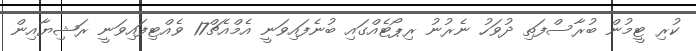
ކުރި ޓީމުން ބުރާސްފަތި ދުވަހު ނެރުނު ރިޕޯޓެއްގައި ބުނެފައިވަނީ އެމްއެޗް17 ވެއްޓިފައިވަނީ ރަޝިޔާއިން